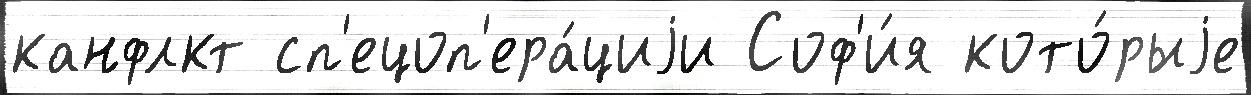
канфлкт сп'ецоп'ера́циjи Соф'и́я кото́рыjе